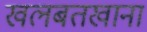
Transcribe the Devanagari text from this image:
खलबतखाना